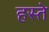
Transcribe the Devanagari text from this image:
हस्‍ते